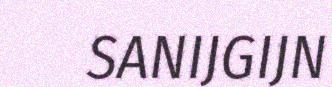
SANIJGIJN